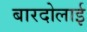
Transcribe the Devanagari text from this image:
बारदोलाई